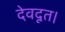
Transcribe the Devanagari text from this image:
देवदूत।